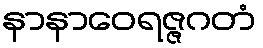
နာနာဝေရဇ္ဇဂတံ